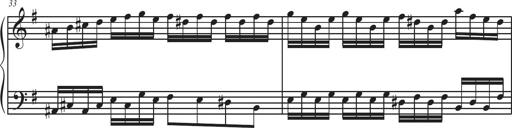
Title: Sonatina Espania
Composer: Jerald Franklin Archer
Key: Various